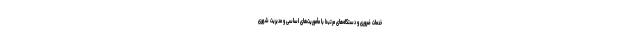
خدمات ضروری و دستگاه‌های مرتبط با مأموریت‌های اساسی و مدیریت شهری